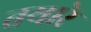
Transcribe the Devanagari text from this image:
तयारे